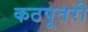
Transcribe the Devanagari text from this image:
कठपूतरी